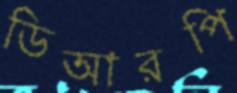
ডিআরপি